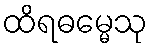
ထိရဓမ္မေသု